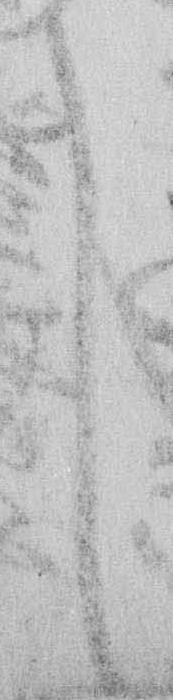
し